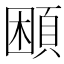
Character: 𩒱